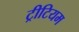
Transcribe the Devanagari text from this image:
ट्रीटियम